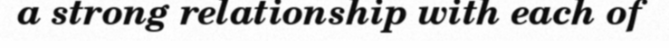
a strong relationship with each of